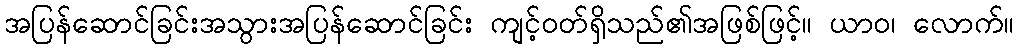
အပြန်ဆောင်ခြင်းအသွားအပြန်ဆောင်ခြင်း ကျင့်ဝတ်ရှိသည်၏အဖြစ်ဖြင့်။ ယာဝ၊ လောက်။